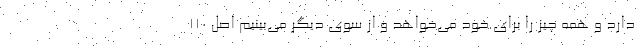
دارد و همه ‌چیز را برای خود می‌خواهد و از سوی دیگر می‌بینیم اصل ۱۱۰